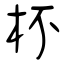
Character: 杯